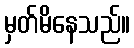
မှတ်မိနေသည်။